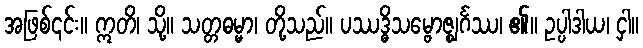
အဖြစ်၎င်း။ ဣတိ၊ သို့။ သတ္တဓမ္မာ၊ တို့သည်။ ပဿဒ္ဓိသမ္ဗောဇ္ဈင်္ဂဿ၊ ၏။ ဥပ္ပါဒါယ၊ ငှါ။